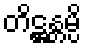
တိဋ္ဌန္တမ္ပိ